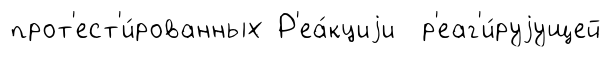
прот'ест'и́рованных Р'еа́кциjи р'еаг'и́руjущей